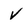
Character: v